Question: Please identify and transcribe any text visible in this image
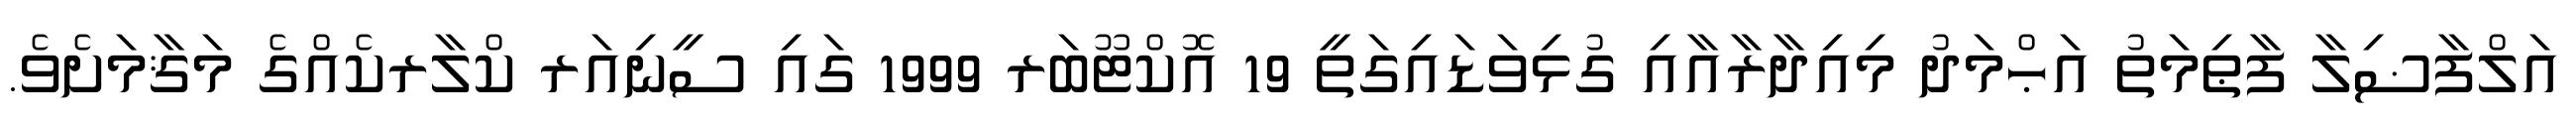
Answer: އަލްފާޟިލާ ފާޠިމަތު އަޙްމަދު މިއިދާރާއާއި ގުޅިވަޑައިގަތީ 19 އޮކްޓޫބަރ 1999 ގައި ސީނިއަރ ކްލާރކެއްގެ މަޤާމަށެވެ.